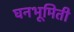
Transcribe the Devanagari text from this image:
घनभूमिती